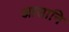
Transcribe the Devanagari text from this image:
आसानि